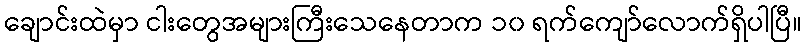
ချောင်းထဲမှာ ငါးတွေအများကြီးသေနေတာက ၁၀ ရက်ကျော်လောက်ရှိပါပြီ။